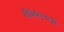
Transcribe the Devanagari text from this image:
कँबिनेटमंत्री